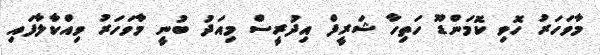
މާވަހަރު ހޮވި ކޮމަންޑޫ ހަތިހާ ޝަރީފް އިދުރީސް މިއަދު ބުނީ މާވަހަރު ވިއްކާލާފައި